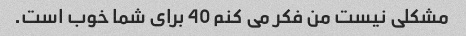
مشکلی نیست من فکر می کنم 40 برای شما خوب است.